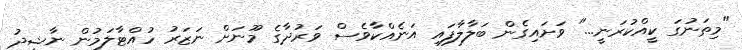
"މިތަނުގަ ކީއްކުރަނީ..." ވަށައިގެން ބަލާލާފައި އަނެއްކާވެސް ވަރުދާގެ މޫނަށް ނަޒަރު ހުއްޓާލަމުން ނާޝިދު